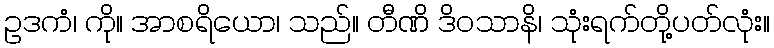
ဥဒကံ၊ ကို။ အာစရိယော၊ သည်။ တီဏိ ဒိဝသာနိ၊ သုံးရက်တို့ပတ်လုံး။